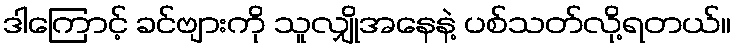
ဒါကြောင့် ခင်ဗျားကို သူလျှိုအနေနဲ့ ပစ်သတ်လို့ရတယ်။